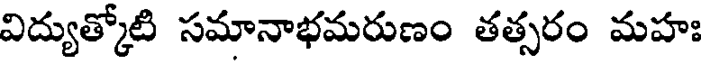
విద్యుత్కోటి సమానాభమరుణం తత్సరం మహః